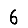
Digit: 6